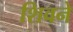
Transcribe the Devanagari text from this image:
शिवने